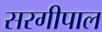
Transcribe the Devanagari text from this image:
सरगीपाल